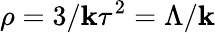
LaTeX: \rho=3/\mathbf{k}\tau^{2}=\Lambda/\mathbf{k}